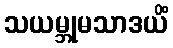
သယမ္ဘုမသာဒယိံ